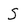
Character: S